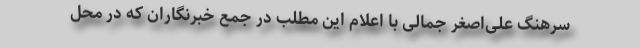
سرهنگ علی‌اصغر جمالی با اعلام این مطلب در جمع خبرنگاران که در محل